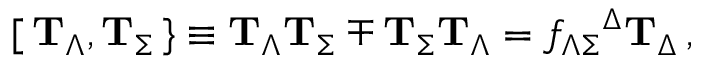
{ } [ \, { \bf T } _ { \Lambda } , { \bf T } _ { \Sigma } \, \} \equiv { \bf T } _ { \Lambda } { \bf T } _ { \Sigma } \mp { \bf T } _ { \Sigma } { \bf T } _ { \Lambda } = f _ { \Lambda \Sigma } { } ^ { \Delta } { \bf T } _ { \Delta } \, ,